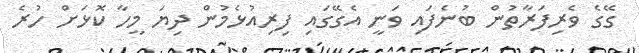
ގޭގެ ވެރިފަރާތުން ބުނެފައި ވަނީ އެގޭގައި ފިރިއުޅެމުން ދިޔަ މީހާ ކޮޅަށް ހުރެ